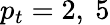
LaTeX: p_{t}=2,~5